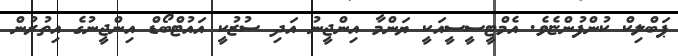
ޕަބްލިކް ކުންފުންޏެވެ. އެމްޓީސީސީއަކީ ޔަންމާ އިންޖީނު އަދި ސުޒުކީ އައުޓްބޯޑް އިންޖީނުގެ އިތުރުން